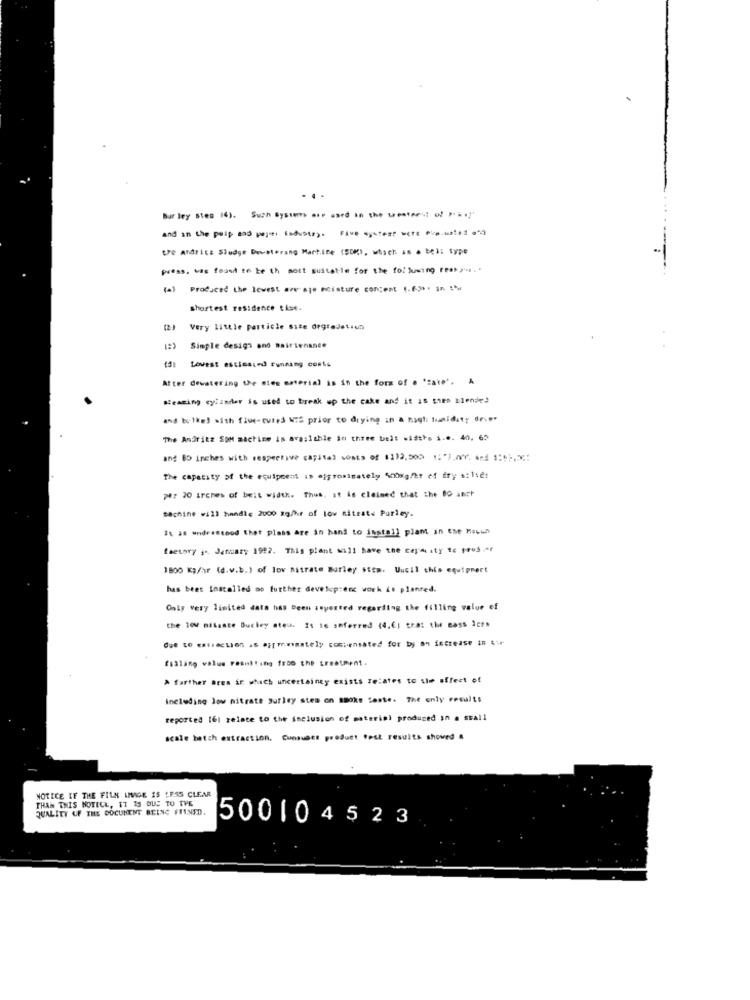
Bur ley Stes 16). Such Systems wir ased in the me
and in the peip and pepti fadustr). Five syntes were Pkp.usted ."9
tre ATATILE Sludge Deveterang Martine (50%), which as . bel: type
press. was found to ke th mott suitatie for the following reas ,. .
.....----
(al Produced the lowest average moisture concent (.6.2%. in :* u
shortest residence tise.
Very little particle Site Orgradetaun
Simple design and maintenance
tal Lovest estimated Funsang costs
Atter dewatering the stes material is in the form of a 'cake'. A
Hearing cylander is used to break up the cake and it is thes blende!
and bylked with flue-cures NIS prior to diying in a high lualdity drie.
The Andritz SOM machine is available in three belt widths i.e. 40, 65
ang BD inches with respective capital costs of 1112,500 1:"For. ord 1 :* ).5:
The capacity of the equipment is afpromisetely 500Kg/hr of dry a:1se!
per 20 inches of beit width. Thus, at is claimed that the 00 amst
Bachine will handle 2000 sq/hr of low nitrate Purley.
It is understood that plass are in hans to install plant in ene Macun
factory ,. January 1992. This plant will have the cepmuaty te pros .er
1800 KJ/hr (d.v.b.) of lov Bitrate Burley StEm. Uucil chis equipmert
has been installed no further develop:enc work is planred.
Only very limited data has been :"perted regarding the filling value of
the 10 mileste Buchey stein 21:16 amferred (4.6; trat that Bass Ices
due to eatraction is Pzprmmately comtensated for by 89 16crease in 6 r
fillany value resulting from the treatment.
A farther Bres in which uncertainty exists relates to the effect of
including low nitrate surley stes on smoke Seste. The only results
reported [6l relate to the inclusion of material produced in a stall
scale batch extraction. Cunsubet product fest results showed &
NOTICE IF THE FILS LIVIGE IS LESS CLEAR
THAN THIS NOTICE, IT IS DUE TO THE
QUALITY OF THE DOCUMENT BEING FILNED.
500104523